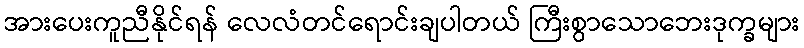
အားပေးကူညီနိုင်ရန် လေလံတင်ရောင်းချပါတယ် ကြီးစွာသောဘေးဒုက္ခများ